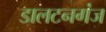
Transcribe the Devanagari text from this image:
डालटनगंज